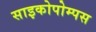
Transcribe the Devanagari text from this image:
साइकोपोम्पस